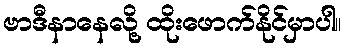
ဗာဒီနာနေလို့ ထိုးဖောက်နိုင်မှာပါ။